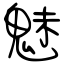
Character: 魅